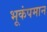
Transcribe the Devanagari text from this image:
भूकंपमान